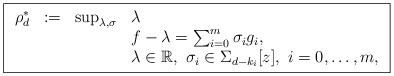
LaTeX: \begin{align*}\boxed{\begin{array}{rcll}\rho_d^* &:= & \sup_{\lambda,\sigma} & \lambda \\ & & & f-\lambda = \sum_{i=0}^m \sigma_i g_i, \\ & & & \lambda \in \mathbb{R},~ \sigma_i \in \Sigma_{d-k_i}[z] ,~ i=0, \hdots, m,\end{array}}\end{align*}